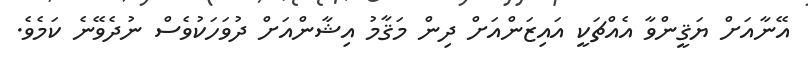
އޭނާއަށް ޔަޤީންވާ އެއްޗަކީ އައިޒަންއަށް ދިން މަޤާމު އިޝާންއަށް ދުވަހަކުވެސް ނުދެވޭނެ ކަމެވެ.